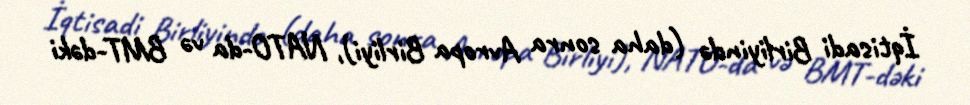
İqtisadi Birliyində (daha sonra Avropa Birliyi), NATO-da və BMT-dəki